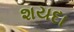
શયદા